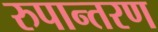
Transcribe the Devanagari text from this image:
रुपान्‍तरण